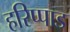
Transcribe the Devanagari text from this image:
हरिप्पाड